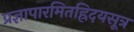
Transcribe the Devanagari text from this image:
प्रज्ञापारमितह्रिदयसूत्र